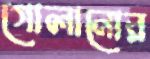
গোলানোর